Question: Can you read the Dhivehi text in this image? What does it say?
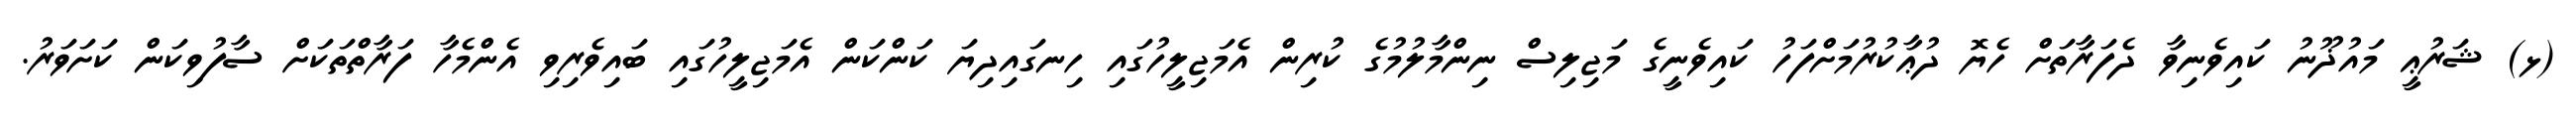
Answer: (ޅ) ޝަރުޢީ މައުޛޫނު ކައިވެނިވާ ދެފަރާތަށް ހެޔޮ ދުޢާކުރުމަށްފަހު ކައިވެނީގެ މަޖިލިސް ނިންމާލުމުގެ ކުރިން އެމަޖިލީހުގައި ހިނގައިދިޔަ ކަންކަން އެމަޖިލީހުގައި ބައިވެރިވި އެންމެހާ ފަރާތްތަކަށް ސާފުވިކަން ކަށަވަރު.